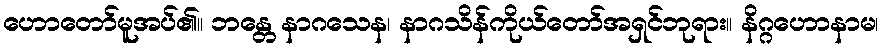
ဟောတော်မူအပ်၏။ ဘန္တေ နာဂသေန၊ နာဂသိန်ကိုယ်တော်အရှင်ဘုရား။ နိဂ္ဂဟောနာမ၊